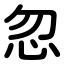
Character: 忽